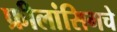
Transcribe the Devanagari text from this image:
फ्रीलांसिगचे